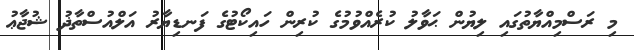
މި ރަސްމިއްޔާތުގައި ލިޔުން ޙަވާލު ކުރެއްވުމުގެ ކުރިން ހައިކޯޓުގެ ފަނޑިޔާރު އަލްއުސްތާޛު ޝުޖާޢު